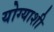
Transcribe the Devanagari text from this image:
योग्याशी